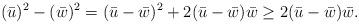
LaTeX: \begin{align*}(\bar{u})^2 - (\bar{w})^2 = (\bar{u} - \bar{w})^2 + 2 (\bar{u} - \bar{w})\bar{w} \geq 2 (\bar{u} - \bar{w})\bar{w}. \end{align*}